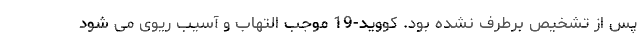
پس از تشخیص برطرف نشده بود. کووید-19 موجب التهاب و آسیب ریوی می شود